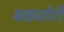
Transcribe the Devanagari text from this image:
बळजोरी